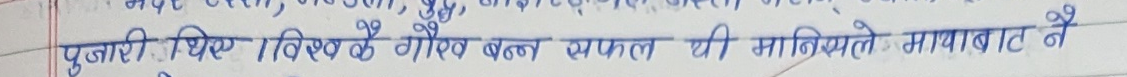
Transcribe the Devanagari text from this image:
पुजारी थिए। विश्वकै गौरव बन्न सफल यी मानिसले गावाबार्ट नै